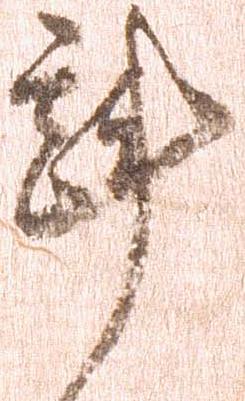
斟